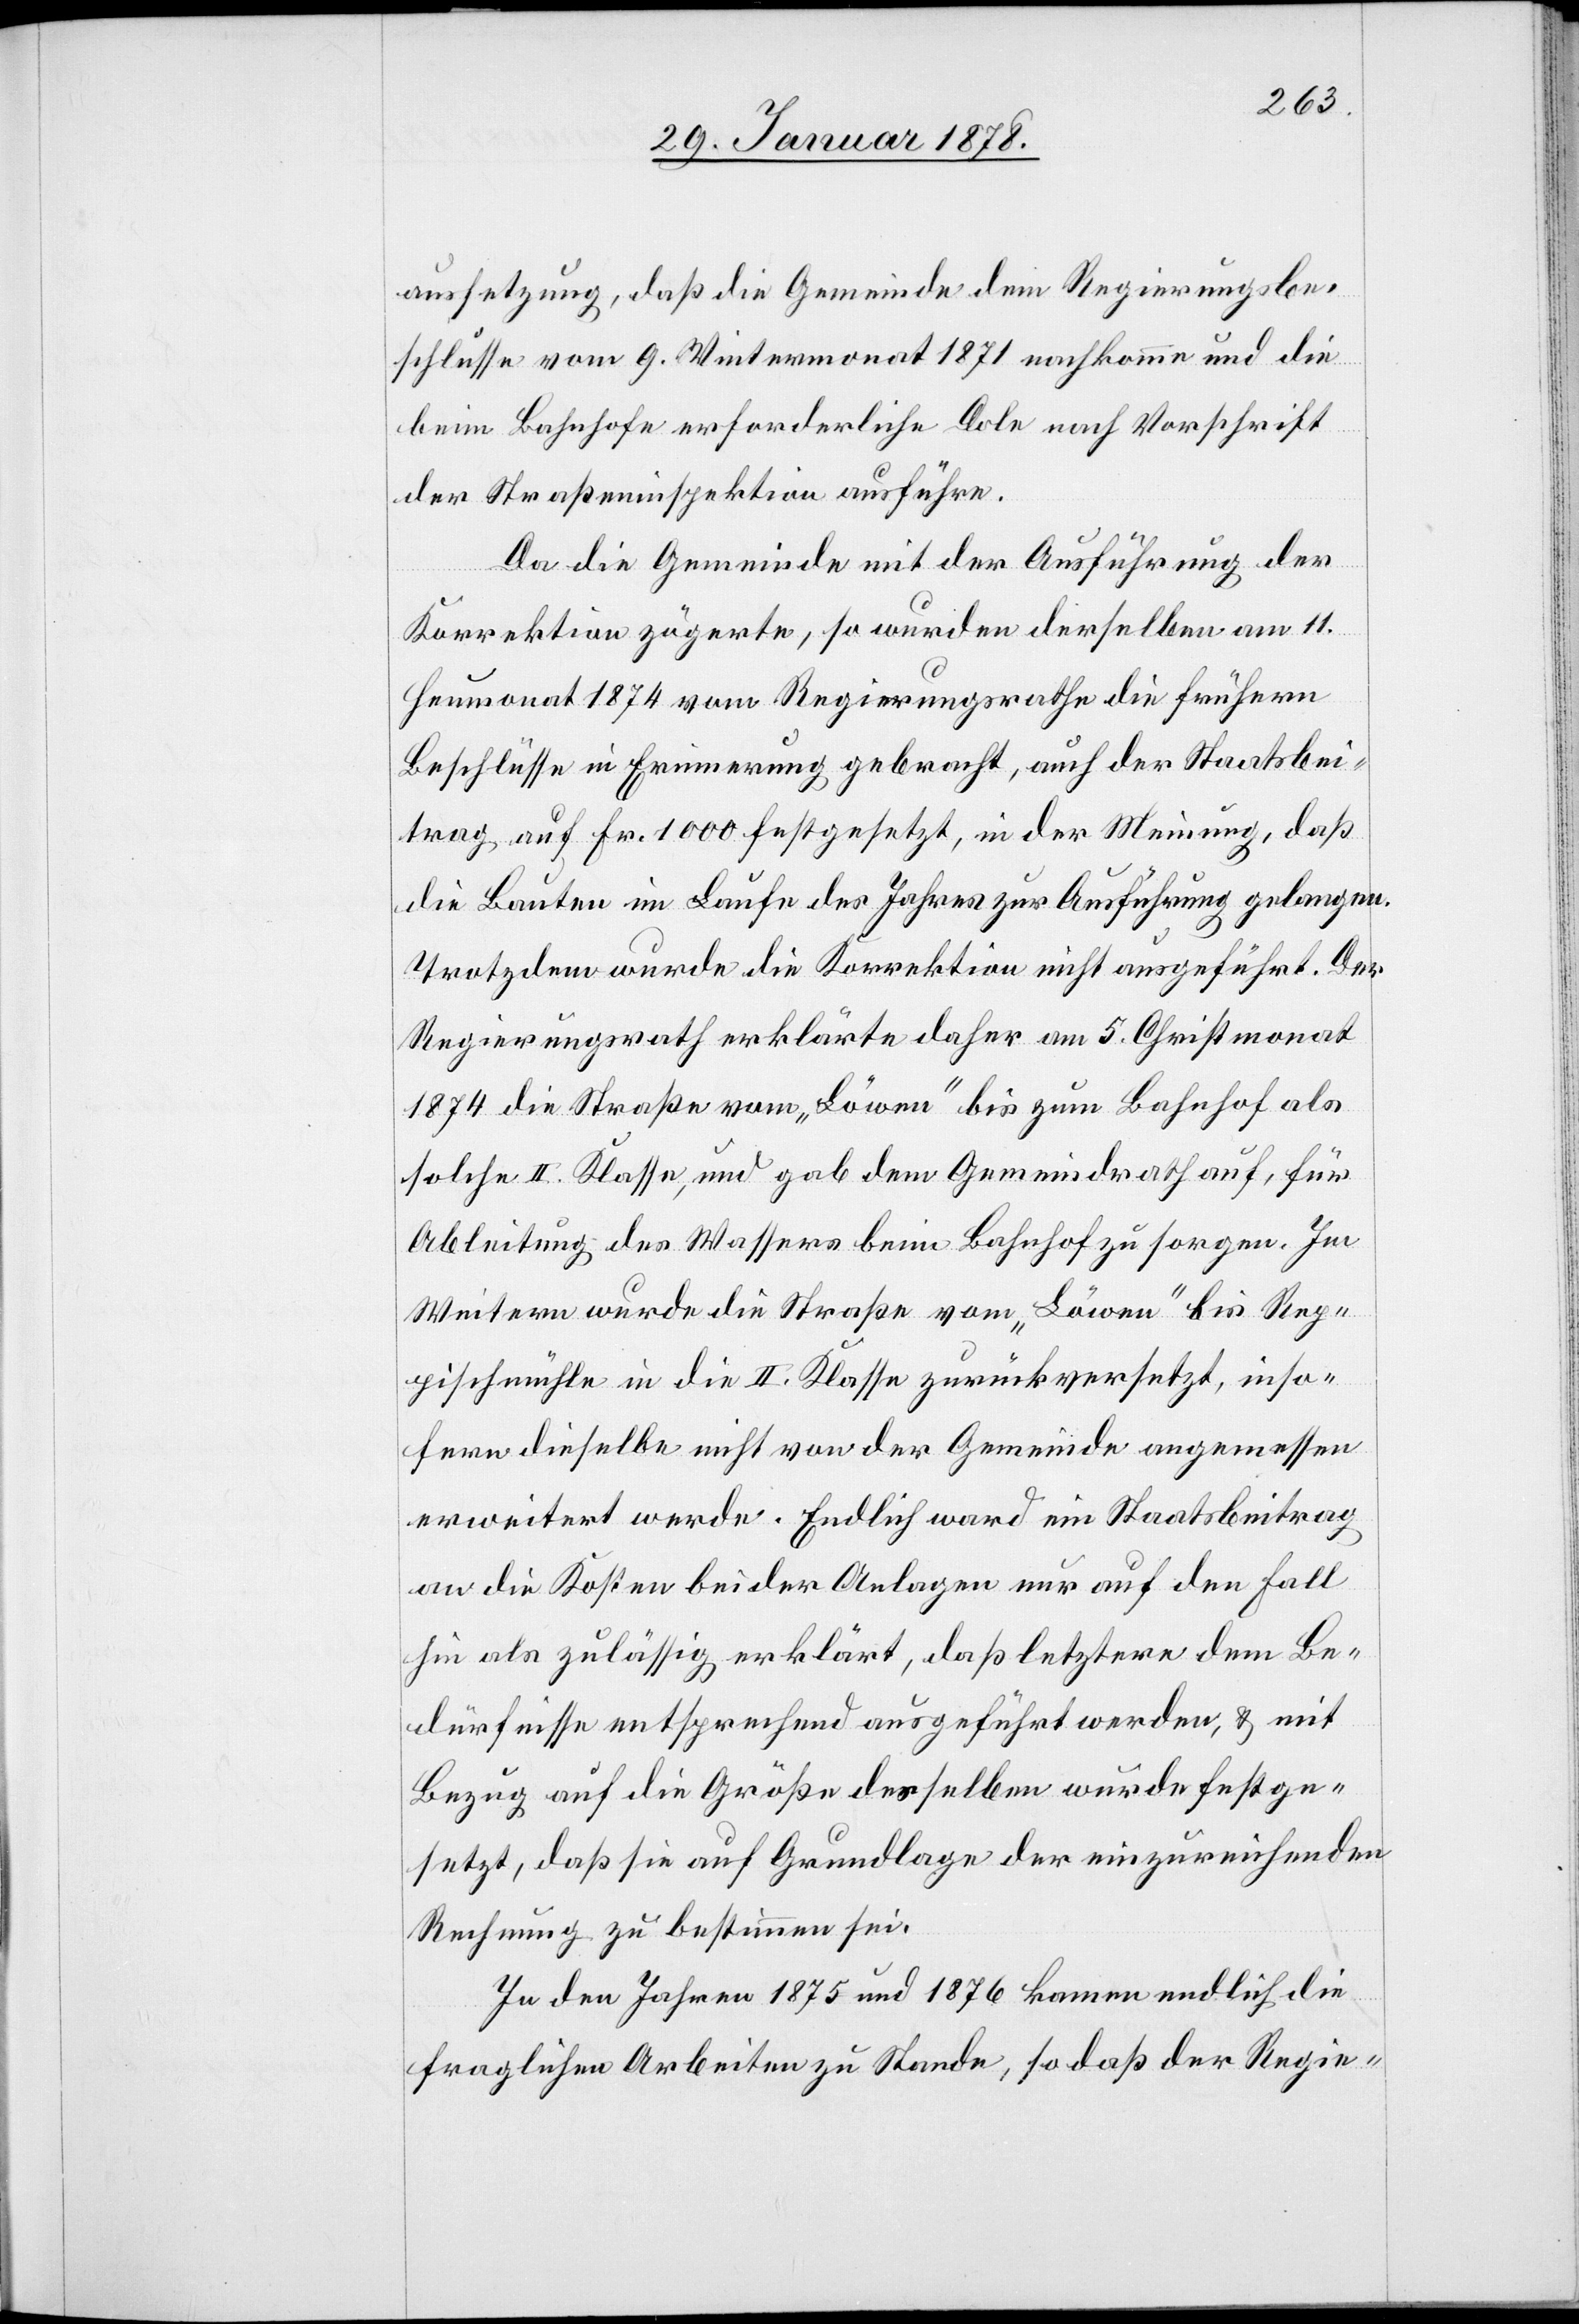
aussetzung, daß die Gemeinde dem Regierungsbe¬
schlusse vom 9. Wintermonat 1871 nachkomme und die
beim Bahnhofe erforderliche Dole nach Vorschrift
der Straßeninspektion ausführe.
Da die Gemeinde mit der Ausführung der
Korrektion zögerte, so wurden derselben am 11.
Heumonat 1874 vom Regierungsrath die frühern
Beschlüsse in Erinnerung gebracht, auch der Staatsbei¬
trag, auf Fr. 1000 festgesetzt, in der Meinung, daß
die Bauten im Laufe des Jahres zur Ausführung gelangen.
Trotzdem wurde die Korrektion nicht ausgeführt. Der
Regierungsrath erklärte daher am 5. Christmonat
1874 die Straße vom „Löwen“ bis zum Bahnhof als
solche II. Klasse, und gab dem Gemeindrath auf, für
Ableitung des Wassers beim Bahnhof zu sorgen. Im
Weitern wurde die Straße vom „Löwen“ bis Rep¬
pischmühle in die II. Klasse zurückversetzt, inso¬
fern dieselbe nicht von der Gemeinde angemessen
erweitert werde. Endlich ward ein Staatsbeitrag
an die Kosten beider Anlagen nur auf den Fall
hin als zulässig erklärt, daß letztere dem Be¬
dürfnisse entsprechend ausgeführt werden, & mit
Bezug auf die Größe derselben wurde festge¬
setzt, daß sie auf Grundlage der einzureichenden
Rechnung zu bestimmen sei[en].
In den Jahren 1875 und 1876 kamen endlich die
fraglichen Arbeiten zu Stande, so daß der Regie-